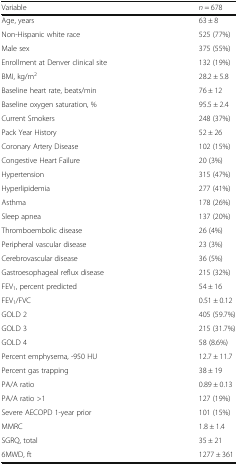
<table><thead><tr><td><b>Variable</b></td><td><b><i>n</i> = 678</b></td></tr></thead><tbody><tr><td>Age, years</td><td>63 ± 8</td></tr><tr><td>Non-Hispanic white race</td><td>525 (77%)</td></tr><tr><td>Male sex</td><td>375 (55%)</td></tr><tr><td>Enrollment at Denver clinical site</td><td>132 (19%)</td></tr><tr><td>BMI, kg/m<sup>2</sup></td><td>28.2 ± 5.8</td></tr><tr><td>Baseline heart rate, beats/min</td><td>76 ± 12</td></tr><tr><td>Baseline oxygen saturation, %</td><td>95.5 ± 2.4</td></tr><tr><td>Current Smokers</td><td>248 (37%)</td></tr><tr><td>Pack Year History</td><td>52 ± 26</td></tr><tr><td>Coronary Artery Disease</td><td>102 (15%)</td></tr><tr><td>Congestive Heart Failure</td><td>20 (3%)</td></tr><tr><td>Hypertension</td><td>315 (47%)</td></tr><tr><td>Hyperlipidemia</td><td>277 (41%)</td></tr><tr><td>Asthma</td><td>178 (26%)</td></tr><tr><td>Sleep apnea</td><td>137 (20%)</td></tr><tr><td>Thromboembolic disease</td><td>26 (4%)</td></tr><tr><td>Peripheral vascular disease</td><td>23 (3%)</td></tr><tr><td>Cerebrovascular disease</td><td>36 (5%)</td></tr><tr><td>Gastroesophageal reflux disease</td><td>215 (32%)</td></tr><tr><td>FEV<sub>1</sub>, percent predicted</td><td>54 ± 16</td></tr><tr><td>FEV<sub>1</sub>/FVC</td><td>0.51 ± 0.12</td></tr><tr><td>GOLD 2</td><td>405 (59.7%)</td></tr><tr><td>GOLD 3</td><td>215 (31.7%)</td></tr><tr><td>GOLD 4</td><td>58 (8.6%)</td></tr><tr><td>Percent emphysema, -950 HU</td><td>12.7 ± 11.7</td></tr><tr><td>Percent gas trapping</td><td>38 ± 19</td></tr><tr><td>PA/A ratio</td><td>0.89 ± 0.13</td></tr><tr><td>PA/A ratio &gt;1</td><td>127 (19%)</td></tr><tr><td>Severe AECOPD 1-year prior</td><td>101 (15%)</td></tr><tr><td>MMRC</td><td>1.8 ± 1.4</td></tr><tr><td>SGRQ, total</td><td>35 ± 21</td></tr><tr><td>6MWD, ft</td><td>1277 ± 361</td></tr></tbody></table>